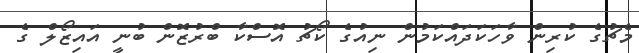
މެޗުގެ ކުރިން ވާހަކަދައްކަމުން ނިއުގެ ކޯޗު އޮސްކާ ބްރުޒޮން ބުނީ އައިޒޯލް ގެ